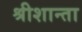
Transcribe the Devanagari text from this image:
श्रीशान्ता